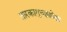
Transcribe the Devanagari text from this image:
तारकागुच्छापेक्षा